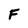
Character: F